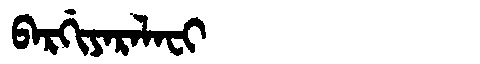
Manchu: ᠪᠠᡵᡤᡳᠶᠠᡵᠠᠯᠠᠸᡳ
Romanization: BARGIYARALAFI